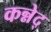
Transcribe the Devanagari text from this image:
कन्नेद्